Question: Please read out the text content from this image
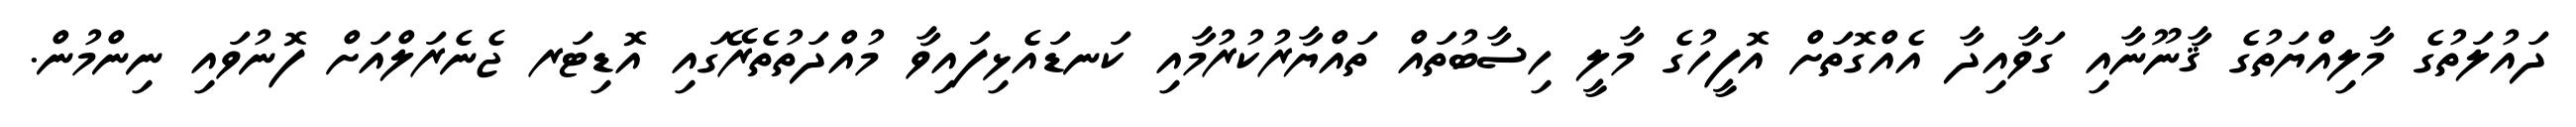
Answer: ދައުލަތުގެ މާލިއްޔަތުގެ ޤާނޫނާއި ގަވާއިދާ އެއްގޮތަށް އޮފީހުގެ މާލީ ހިސާބުތައް ތައްޔާރުކުރުމާއި ކަނޑައެޅިފައިވާ މުއްދަތުތެރޭގައި އޮޑިޓަރ ޖެނެރަލްއަށް ފޮނުވައި ނިންމުން.